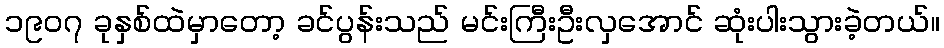
၁၉၀၇ ခုနှစ်ထဲမှာတော့ ခင်ပွန်းသည် မင်းကြီးဦးလှအောင် ဆုံးပါးသွားခဲ့တယ်။